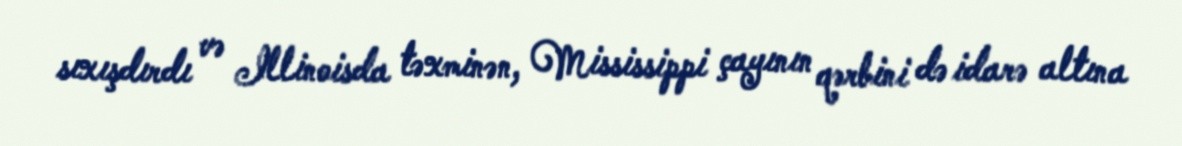
sıxışdırdı və Illinoisda təxminən, Mississippi çayının qərbini də idarə altına